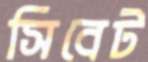
সিবেট